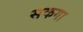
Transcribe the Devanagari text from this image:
सकगा